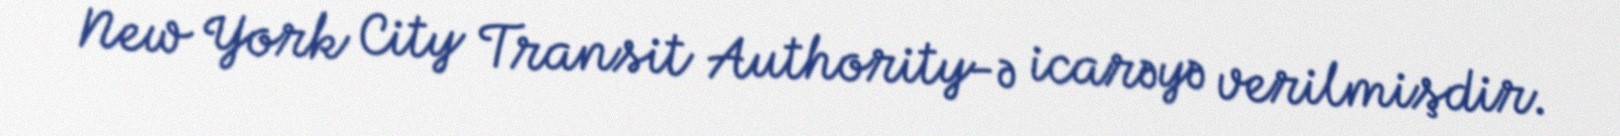
New York City Transit Authority-ə icarəyə verilmişdir.